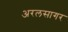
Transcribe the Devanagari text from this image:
अरलसागर